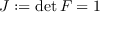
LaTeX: J : = \operatorname* { d e t } { \boldsymbol { F } } = 1